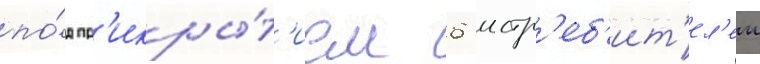
по́д пр'икры́т'ием 6 истр'еб'ит'ел'еи